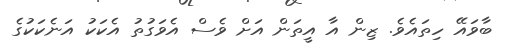
ބާވައޭ ހިތައެވެ. ޒިން އާ އީތަން އަށް ވެސް އެވަގުތު އެކަކު އަނެކަަކުގެ